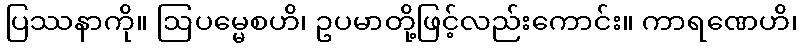
ပြဿနာကို။ ဩပမ္မေစဟိ၊ ဥပမာတို့ဖြင့်လည်းကောင်း။ ကာရဏေဟိ၊